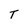
Character: T